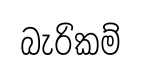
බැරිකම්